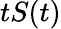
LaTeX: tS(t)